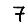
Digit: 7